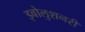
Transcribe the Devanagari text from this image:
इवोलुशनरी